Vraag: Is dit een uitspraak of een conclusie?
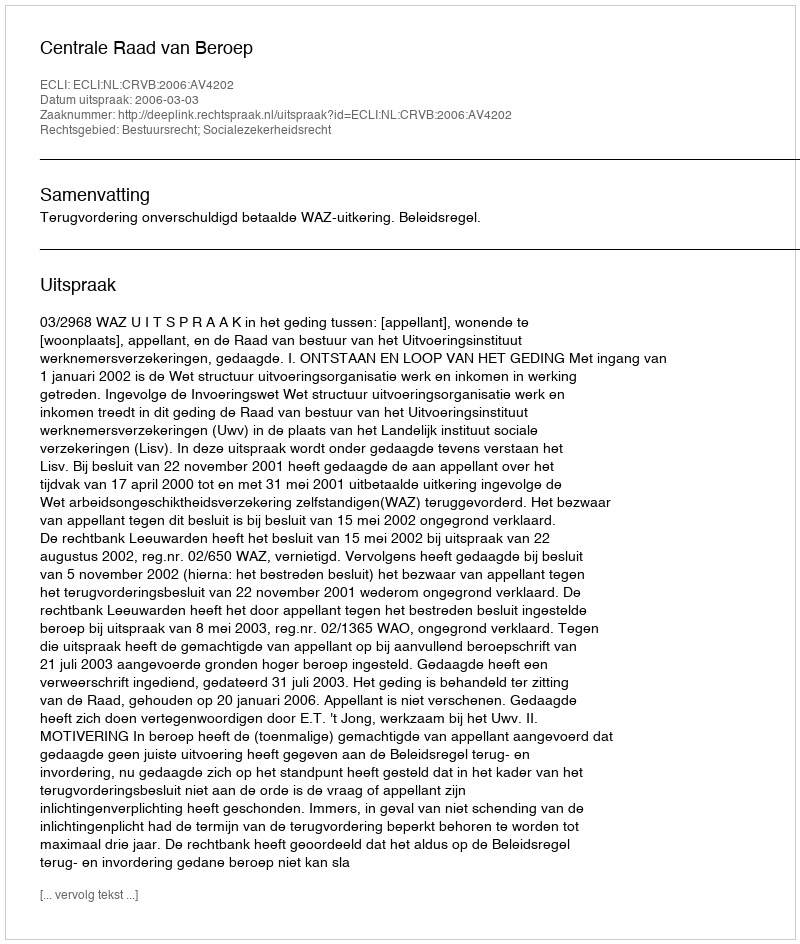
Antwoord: Uitspraak